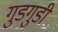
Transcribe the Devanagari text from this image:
गुडगुडी